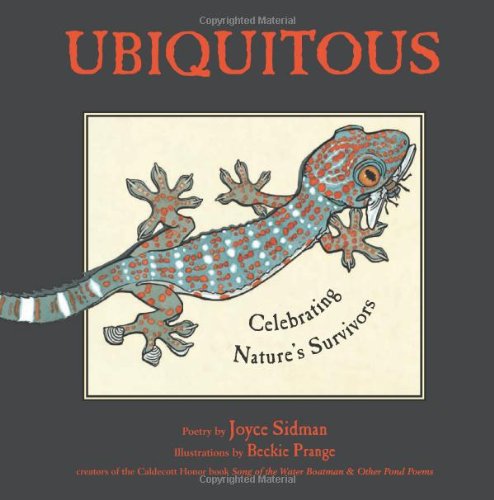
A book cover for Ubiquitous: Celebrating NatureEEs Survivors; Joyce Sidman; Children's Books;